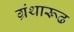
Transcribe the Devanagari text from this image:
ग्रंथारूढ